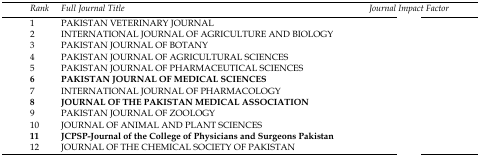
<table><thead><tr><td><b>Rank</b></td><td><b>Full Journal Title</b></td><td><b>Journal Impact Factor</b></td></tr></thead><tbody><tr><td>1</td><td>PAKISTAN VETERINARY JOURNAL</td><td>[EMPTY_CELL]</td></tr><tr><td>2</td><td>INTERNATIONAL JOURNAL OF AGRICULTURE AND BIOLOGY</td><td>[EMPTY_CELL]</td></tr><tr><td>3</td><td>PAKISTAN JOURNAL OF BOTANY</td><td>[EMPTY_CELL]</td></tr><tr><td>4</td><td>PAKISTAN JOURNAL OF AGRICULTURAL SCIENCES</td><td>[EMPTY_CELL]</td></tr><tr><td>5</td><td>PAKISTAN JOURNAL OF PHARMACEUTICAL SCIENCES</td><td>[EMPTY_CELL]</td></tr><tr><td><b>6</b></td><td><b>PAKISTAN JOURNAL OF MEDICAL SCIENCES</b></td><td>[EMPTY_CELL]</td></tr><tr><td>7</td><td>INTERNATIONAL JOURNAL OF PHARMACOLOGY</td><td>[EMPTY_CELL]</td></tr><tr><td><b>8</b></td><td><b>JOURNAL OF THE PAKISTAN MEDICAL ASSOCIATION</b></td><td>[EMPTY_CELL]</td></tr><tr><td>9</td><td>PAKISTAN JOURNAL OF ZOOLOGY</td><td>[EMPTY_CELL]</td></tr><tr><td>10</td><td>JOURNAL OF ANIMAL AND PLANT SCIENCES</td><td>[EMPTY_CELL]</td></tr><tr><td><b>11</b></td><td><b>JCPSP-Journal of the College of Physicians and Surgeons Pakistan</b></td><td>[EMPTY_CELL]</td></tr><tr><td>12</td><td>JOURNAL OF THE CHEMICAL SOCIETY OF PAKISTAN</td><td>[EMPTY_CELL]</td></tr></tbody></table>